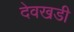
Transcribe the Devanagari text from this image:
देवखडी